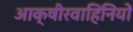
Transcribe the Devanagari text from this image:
आक्षीरवाहिनियों